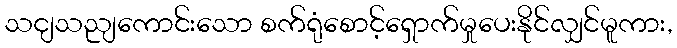
သငျသညျကောင်းသော စက်ရုံစောင့်ရှောက်မှုပေးနိုင်လျှင်မူကား,